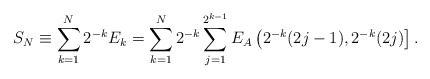
\begin{align*}S_N \equiv \sum_{k=1}^{N}2^{-k}E_k = \sum_{k=1}^{N}2^{-k} \sum_{j=1}^{2^{k-1}} E_A\left(2^{-k}(2j-1),2^{-k}(2j)\right].\end{align*}